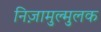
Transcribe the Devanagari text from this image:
निज़ामुल्मुलक